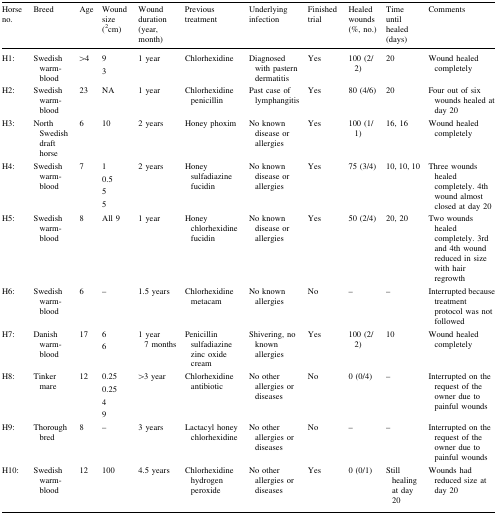
| Horse no. | Breed | Age | Wound size (2cm) | Wound duration (year, month) | Previous treatment | Underlying infection | Finished trial | Healed wounds (%, no.) | Time until healed (days) | Comments |
 | --- | --- | --- | --- | --- | --- | --- | --- | --- | --- | --- |
 | H1: | Swedish warm-blood | >4 | 93 | 1 year | Chlorhexidine | Diagnosed with pastern dermatitis | Yes | 100 (2/2) | 20 | Wound healed completely |
 | H2: | Swedish warm-blood | 23 | NA | 1 year | Chlorhexidine penicillin | Past case of lymphangitis | Yes | 80 (4/6) | 20 | Four out of six wounds healed at day 20 |
 | H3: | North Swedish draft horse | 6 | 10 | 2 years | Honey phoxim | No known disease or allergies | Yes | 100 (1/1) | 16, 16 | Wound healed completely |
 | H4: | Swedish warm-blood | 7 | 10.555 | 2 years | Honey sulfadiazine fucidin | No known disease or allergies | Yes | 75 (3/4) | 10, 10, 10 | Three wounds healed completely. 4th wound almost closed at day 20 |
 | H5: | Swedish warm-blood | 8 | All 9 | 1 year | Honey chlorhexidine fucidin | No known disease or allergies | Yes | 50 (2/4) | 20, 20 | Two wounds healed completely. 3rd and 4th wound reduced in size with hair regrowth |
 | H6: | Swedish warm-blood | 6 | – | 1.5 years | Chlorhexidine metacam | No known allergies | No | – | – | Interrupted because treatment protocol was not followed |
 | H7: | Danish warm-blood | 17 | 66 | 1 year 7 months | Penicillin sulfadiazine zinc oxide cream | Shivering, no known allergies | Yes | 100 (2/2) | 10 | Wound healed completely |
 | H8: | Tinker mare | 12 | 0.250.2549 | >3 year | Chlorhexidine antibiotic | No other allergies or diseases | No | 0 (0/4) | – | Interrupted on the request of the owner due to painful wounds |
 | H9: | Thorough bred | 8 | – | 3 years | Lactacyl honey chlorhexidine | No other allergies or diseases | No | – | – | Interrupted on the request of the owner due to painful wounds |
 | H10: | Swedish warm-blood | 12 | 100 | 4.5 years | Chlorhexidine hydrogen peroxide | No other allergies or diseases | Yes | 0 (0/1) | Still healing at day 20 | Wounds had reduced size at day 20 |